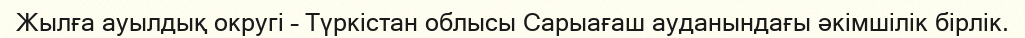
Жылға ауылдық округі – Түркістан облысы Сарыағаш ауданындағы әкімшілік бірлік.